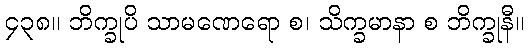
၄၃၈။ ဘိက္ခုပိ သာမဏေရော စ၊ သိက္ခမာနာ စ ဘိက္ခုနီ။